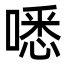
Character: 㗭